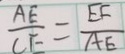
\frac { A E } { C E } = \frac { E F } { A E }